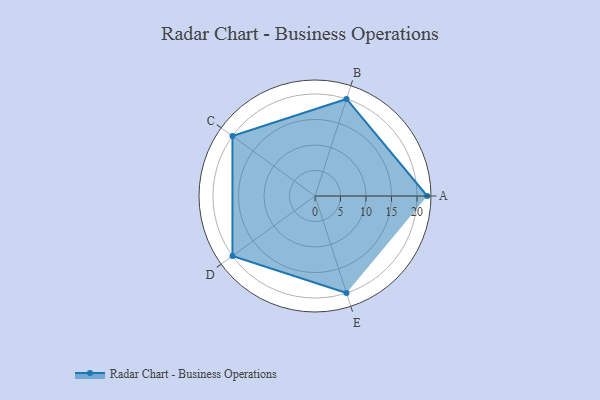
{"axis": {"x": "Skill", "y": "Score"}, "legend": ["Profile"], "data": [{"x": "A", "y": 22.0, "type": "Profile"}, {"x": "B", "y": 20, "type": "Profile"}, {"x": "C", "y": 20, "type": "Profile"}, {"x": "D", "y": 20, "type": "Profile"}, {"x": "E", "y": 20, "type": "Profile"}]}